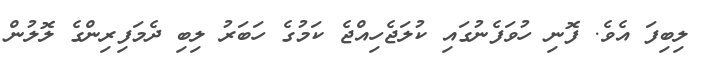
ލިބިފަ އެވެ. ފޮނި ހުވަފެނުގައި ކުލަޖެހިއްޖެ ކަމުގެ ހަބަރު ލިބި ދެމަފިރިންގެ ލޮލުން